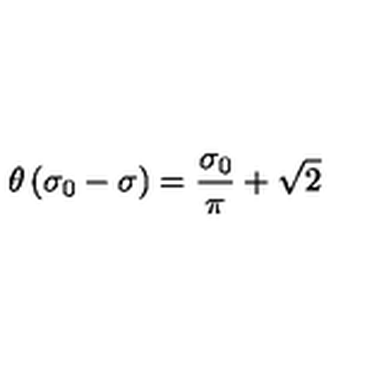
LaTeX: \theta \left( \sigma _ { 0 } - \sigma \right) = \frac { \sigma _ { 0 } } { \pi } + \sqrt { 2 }